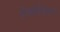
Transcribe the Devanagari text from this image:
हेवावितारण